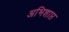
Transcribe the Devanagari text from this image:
अभिशाप्त